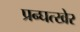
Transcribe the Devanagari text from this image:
प्रन्घत्खेर